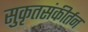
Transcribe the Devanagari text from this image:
सुकृतसंकीर्तन